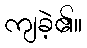
ကျခဲ့၏။